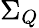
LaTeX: \Sigma_{Q}